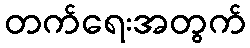
တက်ရေးအတွက်